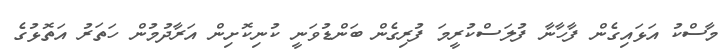
މާސްކު އަޅައިގެން ފާހާނާ ފުލަސްކުރީމަ ފުރިގެން ބަންޑުވަނީ ކުނިކޮށިން އަރާދުމުން ހަތަރު އަތޮޅުގެ